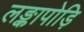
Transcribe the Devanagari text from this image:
लङ्कापोड़ि